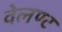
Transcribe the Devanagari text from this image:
वेलण्ट